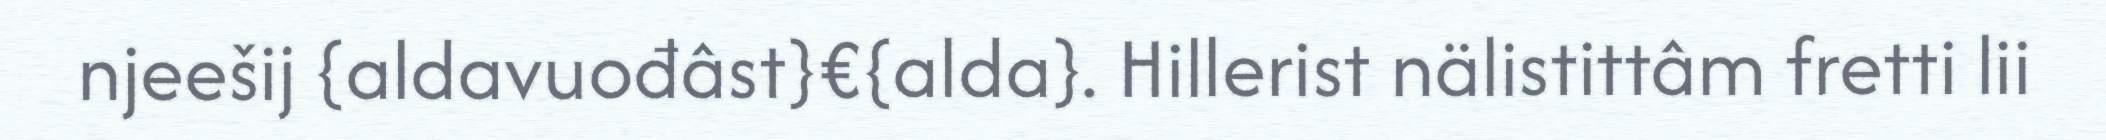
njeešij {aldavuođâst}€{alda}. Hillerist nälistittâm fretti lii